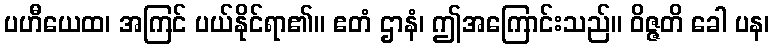
ပဟီယေထ၊ အကြင် ပယ်နိုင်ရာ၏။ ဧတံ ဌာနံ၊ ဤအကြောင်းသည်။ ဝိဇ္ဇတိ ခေါ ပန၊